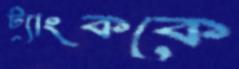
ট্যাংককে